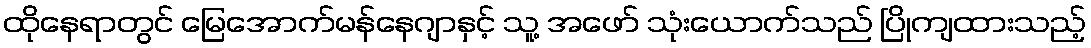
ထိုနေရာတွင် မြေအောက်မန်နေဂျာနှင့် သူ့ အဖော် သုံးယောက်သည် ပြိုကျထားသည့်